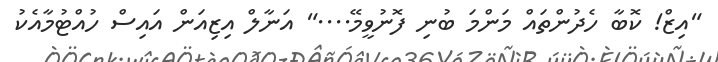
"އިޒް! ކޮބާ ހެދުންތައް މަންމަ ބުނި ފޮނުވީމޭ...." އަނާލް އިޒިއަން އައިސް ހުއްޓުމާއެކު